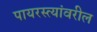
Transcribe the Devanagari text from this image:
पायरस्त्यांवरील